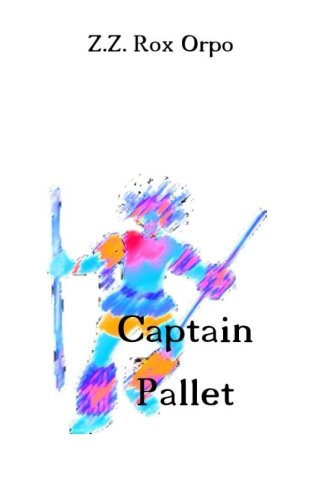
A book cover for Captain Pallet (Thai Edition); Z.Z. Rox Orpo; Science Fiction & Fantasy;